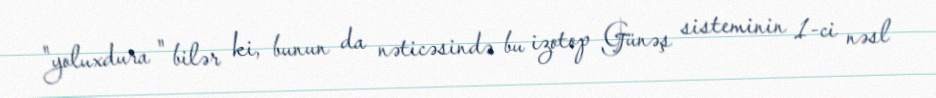
"yoluxdura " bilər ki, bunun da nəticəsində bu izotop Günəş sisteminin 1-ci nəsl